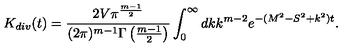
K _ { d i v } ( t ) = \frac { 2 V \pi ^ { \frac { m - 1 } { 2 } } } { ( 2 \pi ) ^ { m - 1 } \Gamma \left( \frac { m - 1 } { 2 } \right) } \int _ { 0 } ^ { \infty } d k k ^ { m - 2 } e ^ { - ( M ^ { 2 } - S ^ { 2 } + k ^ { 2 } ) t } .